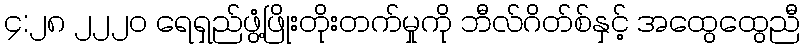
၄:၂၈ ၂၂၂၀ ရေရှည်ဖွံ့ဖြိုးတိုးတက်မှုကို ဘီလ်ဂိတ်စ်နှင့် အထွေထွေညီ